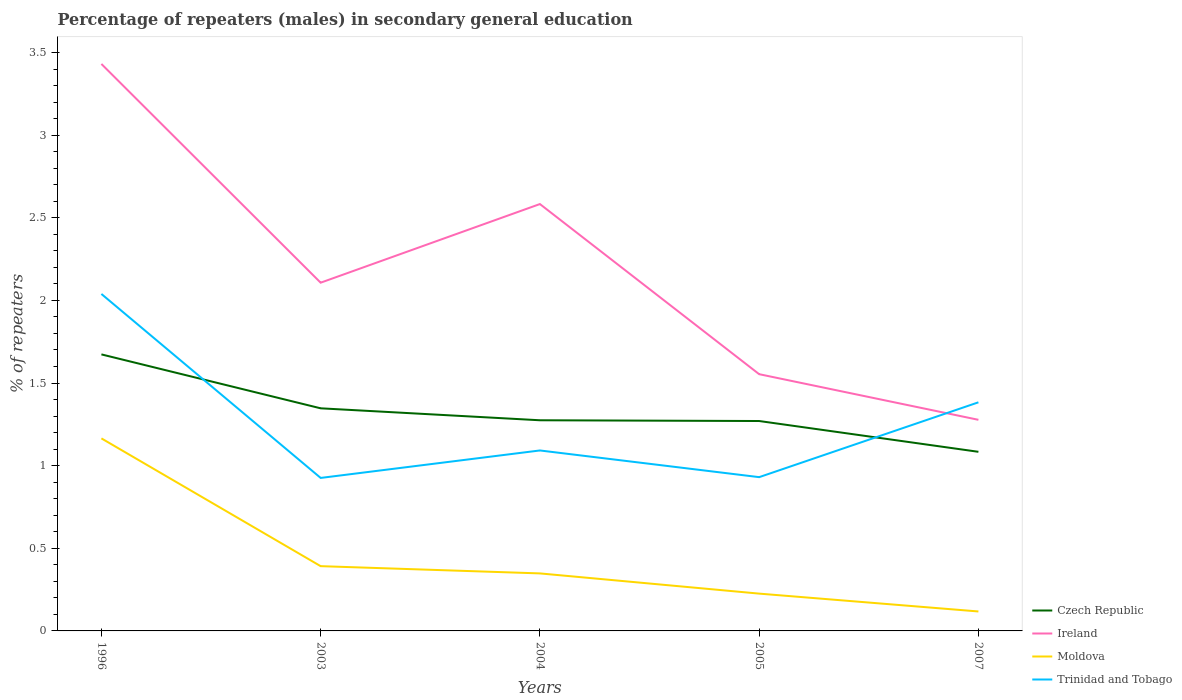
| Years | Czech Republic | Ireland | Moldova | Trinidad and Tobago |
 | --- | --- | --- | --- | --- |
 | 1996 | 1.67 | 3.43 | 1.17 | 2.04 |
 | 2003 | 1.35 | 2.11 | 0.392 | 0.926 |
 | 2004 | 1.27 | 2.58 | 0.348 | 1.09 |
 | 2005 | 1.27 | 1.55 | 0.226 | 0.93 |
 | 2007 | 1.08 | 1.28 | 0.118 | 1.38 |